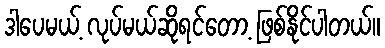
ဒါပေမယ့် လုပ်မယ်ဆိုရင်တော့ ဖြစ်နိုင်ပါတယ်။